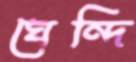
ঘেন্দি